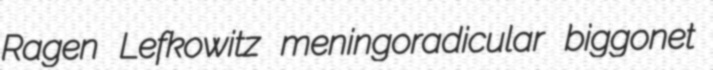
Ragen Lefkowitz meningoradicular biggonet